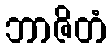
ဘာဇိတံ